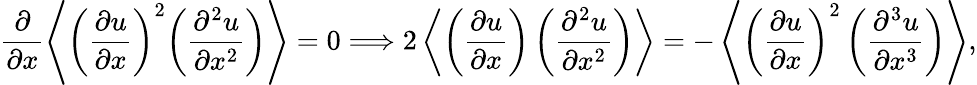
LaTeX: \frac{\partial}{{\partial x}}\left\langle{{{\left({\frac{{\partial u}}{{\partial x}}}\right)}^{2}}{{\left({\frac{{{\partial^{2}}u}}{{\partial{x^{2}}}}}\right)}}}\right\rangle=0\mathrm{{}}\Longrightarrow\mathrm{{}}2\left\langle{\left(\frac{\partial u}{\partial x}\right)\left(\frac{\partial^{2}u}{\partial x^{2}}\right)}\right\rangle=-\left\langle{\left(\frac{\partial u}{\partial x}\right)^{2}\left(\frac{\partial^{3}u}{\partial x^{3}}\right)}\right\rangle,